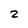
Character: 2